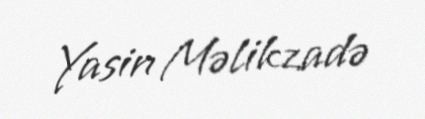
Yasin Məlikzadə